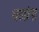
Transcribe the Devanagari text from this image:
धरतांना